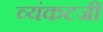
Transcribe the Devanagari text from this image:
व्यंकटजी